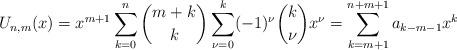
LaTeX: \begin{align*}U_{n,m}(x)=x^{m+1} \sum_{k=0}^n{m+k\choose k}\sum_{\nu=0}^k (-1)^{\nu} {k\choose \nu}x^{\nu}=\sum_{k=m+1}^{n+m+1}a_{k-m-1} x^k\end{align*}